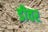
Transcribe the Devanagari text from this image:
डीवर